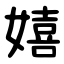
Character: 嬉